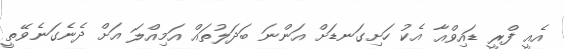
އެއީ ފްރީ ޑައިވްއާ އެކު ހަށިގަނޑަށް އަންނަ ބަދަލުތައް އަމިއްލަ އަށް ދެނެގަނެވޭތީ